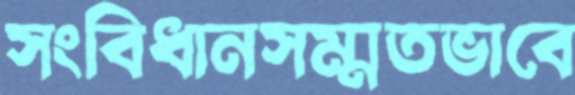
সংবিধানসম্মতভাবে